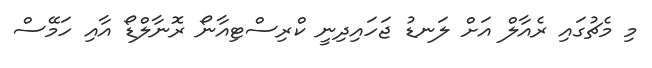
މި މެޗުގައި ރެއާލް އަށް ލަނޑު ޖަހައިދިނީ ކްރިސްޓިއާނޯ ރޮނާލްޑޯ އާއި ހަމޭސް